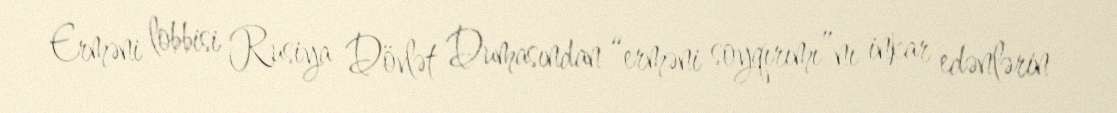
Erməni lobbisi Rusiya Dövlət Dumasından “erməni soyqırımı”nı inkar edənlərin